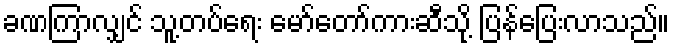
ခဏကြာလျှင် သူ့တပ်ရေး မော်တော်ကားဆီသို့ ပြန်ပြေးလာသည်။